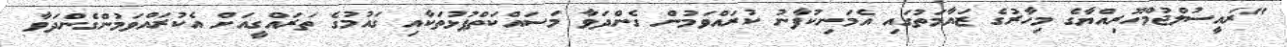
"ރައީސުލްޖުމްހޫރިއްޔާގެ މިހާރުގެ ޒައާމަތުގައި އެމަނިކުފާނު ކުރައްވަމުން ގެންދަވާ މަސައްކަތްޕުޅުތަކާއި ގައުމުގެ ތަރައްގީއަށް އެކުރައްވަމުންގެންދަވާ